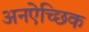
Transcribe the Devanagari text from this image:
अनऐच्छिक